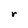
Character: r